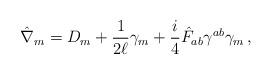
LaTeX: \begin{align*}\hat{\nabla}_m = D_m + \frac{1}{2\ell}\gamma_m + \frac{i}{4}\hat{F}_{ab}\gamma^{ab} \gamma_m \, , \end{align*}